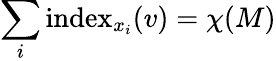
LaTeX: \sum_{i}\operatorname{index}_{x_{i}}(v)=\chi(M)